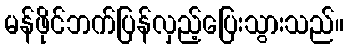
မန်ဖိုင်ဘက်ပြန်လှည့်ပြေးသွားသည်။